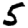
Digit: 5